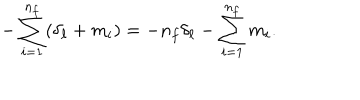
- \sum _ { i = 1 } ^ { n _ { f } } ( \delta _ { \ell } + m _ { i } ) = - n _ { f } \delta _ { \ell } - \sum _ { i = 1 } ^ { n _ { f } } m _ { i } .